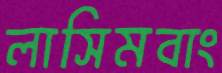
লাসিমবাং